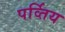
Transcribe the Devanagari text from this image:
पर्व्तिय